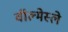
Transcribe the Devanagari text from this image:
वॉल्मेस्ले